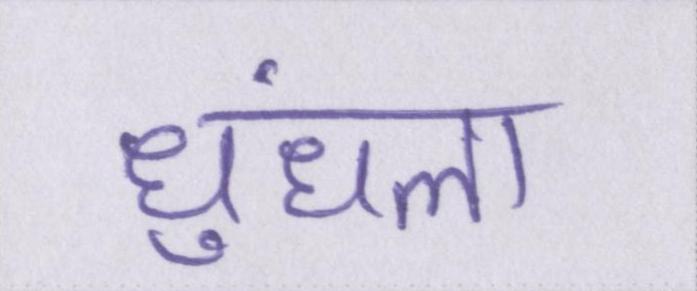
धुंधला